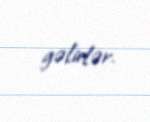
gəlirlər.